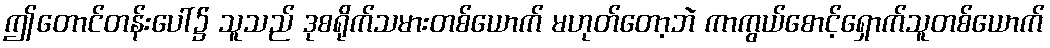
ဤတောင်တန်းပေါ်၌ သူသည် ဒုစရိုက်သမားတစ်ယောက် မဟုတ်တော့ဘဲ ကာကွယ်စောင့်ရှောက်သူတစ်ယောက်